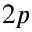
2 p